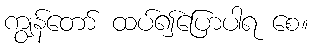
ကျွန်တော် ထပ်၍ပြောပါရ စေ။